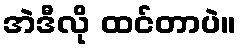
အဲဒီလို ထင်တာပဲ။